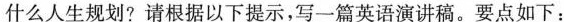
什么人生规划?请根据以下提示，写一篇英语演讲稿。要点如下：